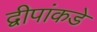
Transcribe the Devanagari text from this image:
द्वीपांकडे